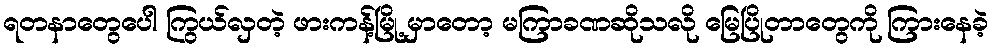
ရတနာတွေပေါ ကြွယ်လှတဲ့ ဖားကန့်မြို့ မှာတော့ မကြာခဏဆိုသလို မြေပြိုတာတွေကို ကြားနေခဲ့